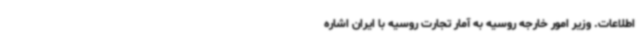
اطلاعات. وزیر امور خارجه روسیه به آمار تجارت روسیه با ایران اشاره